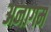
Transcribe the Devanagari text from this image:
अनागम